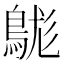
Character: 𪁒